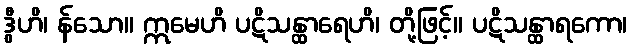
ဒွီဟိ၊ န်သော။ ဣမေဟိ ပဋိသန္ထာရေဟိ၊ တို့ဖြင့်။ ပဋိသန္ထာရကော၊